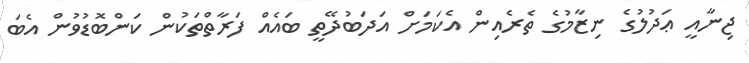
ޖިނާއީ ޢަދުލުގެ ނިޒާމުގެ ތެރެއިން އެކަމަށް އަދަބުދޭތީ ބައެއް ފަރާތްތަކުން ކަންބޮޑުވުން އެބަ